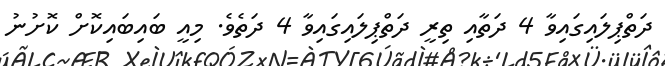
ދަތްޕިލައިގައިވާ 4 ދަތާއި ތިރީ ދަތްޕިލައިގައިވާ 4 ދަތެވެ. މިއީ ބައިބައިކޮށް ކޮށުނު